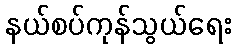
နယ်စပ်ကုန်သွယ်ရေး